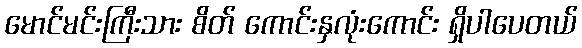
မောင်မင်းကြီးသား စိတ် ကောင်းနှလုံးကောင်း ရှိပါပေတယ်